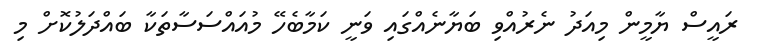
ރައީސް ޔާމީން މިއަދު ނެރުއްވި ބަޔާނެއްގައި ވަނީ ކަމާބެހޭ މުއައްސަސާތަކާ ބައްދަލުކޮށް މި